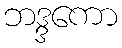
ဘဒ္ဒကော